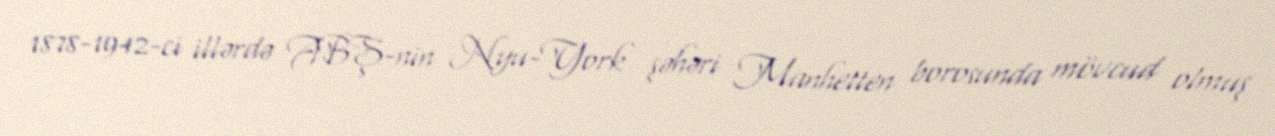
1878-1942-ci illərdə ABŞ-nin Nyu-York şəhəri Manhetten borosunda mövcud olmuş